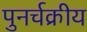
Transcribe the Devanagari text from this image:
पुनर्चक्रीय